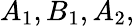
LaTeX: A_{1},B_{1},A_{2},